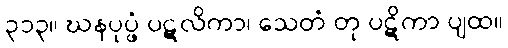
၃၁၃။ ဃနပုပ္ဖံ ပဋလိကာ၊ သေတံ တု ပဋိကာ ပျထ။